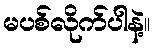
မပစ်လိုက်ပါနဲ့။